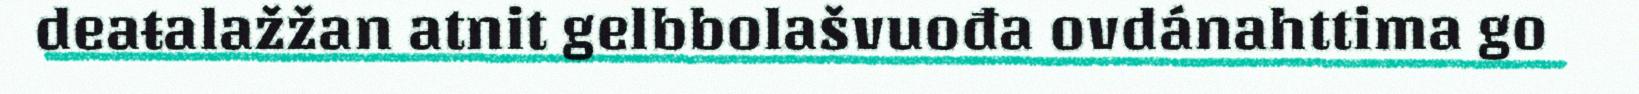
deaŧalažžan atnit gelbbolašvuođa ovdánahttima go